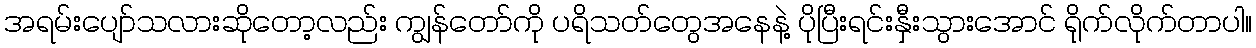
အရမ်းပျော်သလားဆိုတော့လည်း ကျွန်တော်ကို ပရိသတ်တွေအနေနဲ့ ပိုပြီးရင်းနှီးသွားအောင် ရိုက်လိုက်တာပါ။